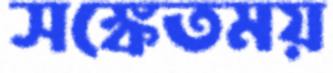
সঙ্কেতময়